Report of the Indian Hemp Drugs Commission, 1894-1895 - Volume V
Year: 1894
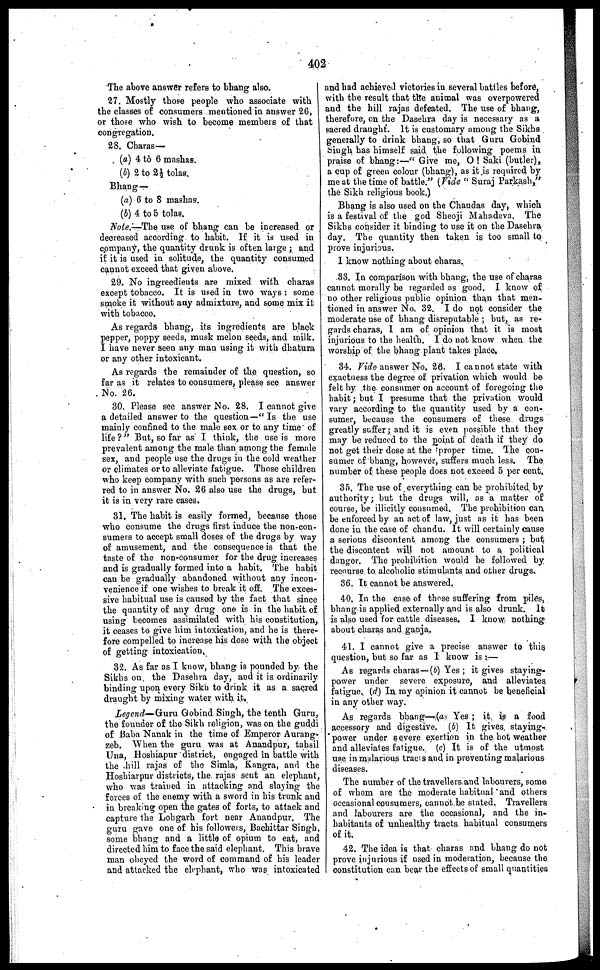
402
The above answer refers to bhang also.
27. Mostly those people who associate with
the classes of consumers mentioned in answer 26,
or those who wish to become members of that
congregation.
28. Charas—
(a) 4 to 6 mashas.
(b) 2 to 2½ tolas.
Bhang—
(a) 6 to 8 mashas.
(b) 4 to 5 tolas.
Note.—The use of bhang can be increased or
decreased according to habit. If it is used in
company, the quantity drunk is often large; and
if it is used in solitude, the quantity consumed
cannot exceed that given above.
29. No ingreedients are mixed with charas
except tobacco. It is used in two ways: some
smoke it without any admixture, and some mix it
with tobacco.
As regards bhang, its ingredients are black
pepper, poppy seeds, musk melon seeds, and milk.
I have never seen any man using it with dhatura
or any other intoxicant.
As regards the remainder of the question, so
far as it relates to consumers, please see answer
No. 26.
30. Please see answer No. 28. I cannot give
a detailed answer to the question—"Is the use
mainly confined to the male sex or to any time of
life?" But, so far as I think, the use is more
prevalent among the male than among the female
sex, and people use the drugs in the cold weather
or climates or to alleviate fatigue. Those children
who keep company with such persons as are refer-
red to in answer No. 26 also use the drugs, but
it is in very rare cases.
81. The habit is easily formed, because those
who consume the drugs first induce the non-con-
sumers to accept small doses of the drugs by way
of amusement, and the consequence is that the
taste of the non-consumer for the drug increases
and is gradually formed into a habit. The habit
can be gradually abandoned without any incon-
venience if one wishes to break it off. The exces-
sive habitual use is caused by the fact that since
the quantity of any drug one is in the habit of
using becomes assimilated with his constitution,
it ceases to give him intoxication, and he is there-
fore compelled to increase his dose with the object
of getting intoxication.
32. As far as I know, bhang is pounded by the
Sikhs on. the Dasehra day, and it is ordinarily
binding upon every Sikh to drink it as a sacred
draught by mixing water with it.
Legend—Guru Gobind Singh, the tenth Guru,
the founder of the Sikh religion, was on the guddi
of Baba Nanak in the time of Emperor Aurang-
zeb. When the guru was at Anandpur, tahsil
Una, Hoshiapur district, engaged in battle with
the -hill rajas of the Simla, Kangra, and the
Hoshiarpur districts, the rajas sent an elephant,
who was trained in attacking and slaying the
forces of the enemy with a sword in his trunk and
in breaking open the gates of forts, to attack and
capture the Lohgarh fort near Anandpur. The
guru gave one of his followers, Bachittar Singh,
some bhang and a little of opium to eat, and
directed him to face the said elephant. This brave
man obeyed the word of command of his leader
and attacked the elephant, who was intoxicated
and had achieved victories in several battles before,
with the result that the animal was overpowered
and the hill rajas defeated. The use of bhang,
therefore, on the Dasehra day is necessary as a
sacred draught. It is customary among the Sikhs
generally to drink bhang, so that Guru Gobind
Singh has himself said the following poems in
praise of bhang:—"Give me, O! Saki (butler),
a cup of green colour (bhang), as it is required by
me at the time of battle." (Vide "Suraj Parkash,"
the Sikh religious book.)
Bhang is also used on the Chaudas day, which
is a festival of the god Sheoji Mahadeva. The
Sikhs consider it binding to use it on the Dasehra
day. The quantity then taken is too small to
prove injurious.
1 know nothing about charas.
83. In comparison with bhang, the use of charas
cannot morally be regarded as good. I know of
no other religious public opinion than that men-
tioned in answer No. 32. I do not consider the
moderate use of bhang disreputable; but, as re-
gards charas, I am of opinion that it is most
injurious to the health. I do not know when the
worship of the bhang plant takes place,
34. Vide answer No. 26. I cannot 6tate with
exactness the degree of privation which would be
felt by the consumer on account of foregoing the
habit; but I presume that the privation would
vary according to the quantity used by a con-
sumer, because the consumers of these drugs
greatly suffer; and it is even possible that they
may be reduced to the point of death if they do
not get their dose at the proper time. The con-
sumer of bhang, however, suffers much less. The
number of these people does not exceed 5 per cent.
35. The use of everything can be prohibited by
authority; but the drugs will, as a matter of
course, be illicitly consumed. The prohibition can
be enforced by an act of law, just as it has been
done in the case of chandu. It will certainly cause
a serious discontent among the consumers; but
the discontent will not amount to a political
danger. The prohibition would be followed by
recourse to alcoholic stimulants and other drugs.
36. It cannot be answered.
40. In the case of those suffering from piles,
bhang is applied externally and is also drunk. It
is also used for cattle diseases. I know nothing
about charas and ganja.
41. 1 cannot give a precise answer to this
question, but so far as I know is:—
As regards charas —(b) Yes; it gives staying-
power under severe exposure, and alleviates
fatigue. (d) In my opinion it cannot be beneficial
in any other way.
As regards bhang—(a) Yes; it is a food
accessory and digestive. (b) It gives, staying-
"power under severe exertion in the hot weather
and alleviates fatigue. (c) It is of the utmost
use in malarious tracis and in preventing malarious
diseases.
The number of the travellers and labourers, some
of whom are the moderate habitual and others
occasional cousumers, cannot be stated. Travellers
and labourers are the occasional, and the in-
habitants of unhealthy tracts habitual consumers
of it.
42. The idea is that charas and bhang do not
prove injurious if used in moderation, because the
constitution can bear the effects of small quantities